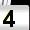
Digit: 4